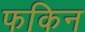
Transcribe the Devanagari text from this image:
फकिन